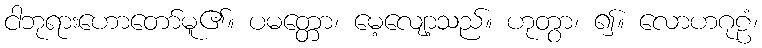
ငါဘုရားဟောတော်မူ၏။ ပမတ္တော၊ မေ့လျော့သည်။ ဟုတွာ၊ ၍။ လောဟဂုဠံ၊